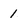
Character: 1